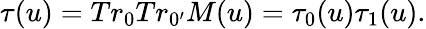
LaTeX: \tau(u)=Tr_{0}Tr_{0^{\prime}}M(u)=\tau_{0}(u)\tau_{1}(u).